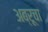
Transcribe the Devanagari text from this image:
अब्रूचा